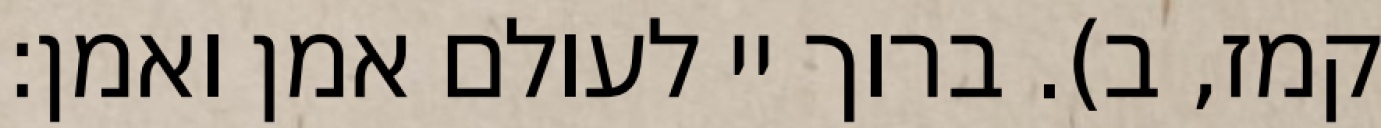
קמז, ב). ברוך יי לעולם אמן ואמן: